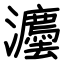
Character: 灋